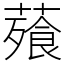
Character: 薞